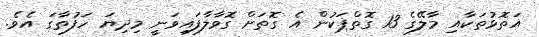
އަތޮޅުތަކާއި މާލޭގެ 13 ގޮތްޕަކުން އެ ގޮތަށް ގޮވާލާފައިވަނީ މިދިޔަ ހަފުތާގަ އެވެ.